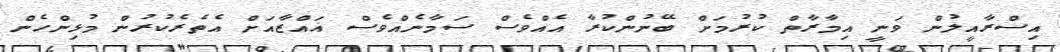
އިސްރާއީލުން ވަނީ އިމާރާތް ކުރުމަށް ބޭނުންކުރާ އެއްވެސް ސަމާނެއްވެސް ޣައްޒާއަށް އެތެރެކުރުން މުޅިންހެން